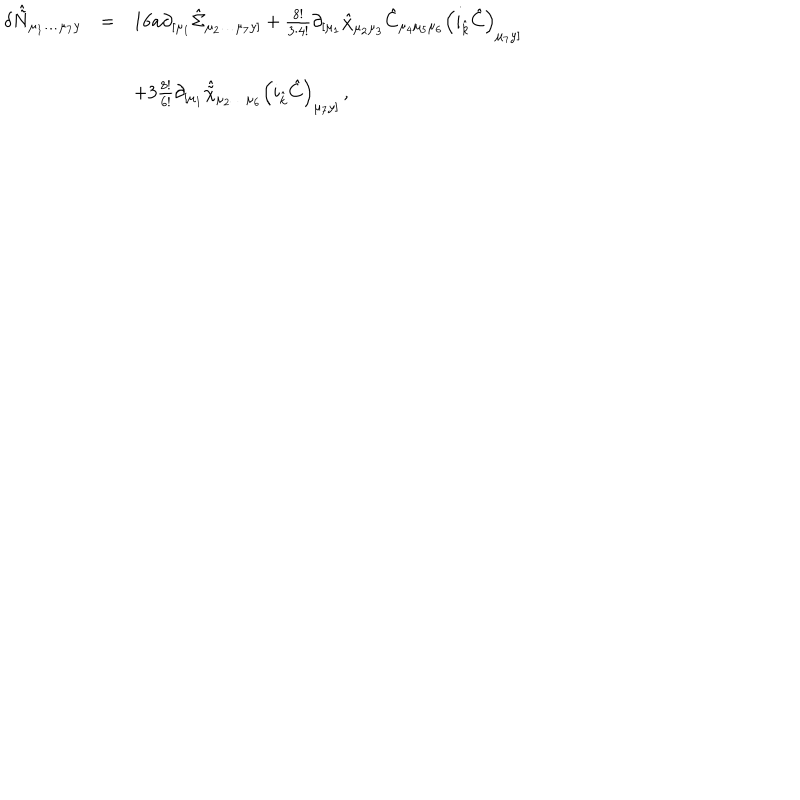
\begin{array} { r c l } { { \delta \hat { \tilde { N } } _ { \mu _ { 1 } \ldots \mu _ { 7 } y } } } & { { = } } & { { 1 6 a \partial _ { [ \mu _ { 1 } } \hat { \Sigma } _ { \mu _ { 2 } \ldots \mu _ { 7 } y ] } + \frac { 8 ! } { 3 \cdot 4 ! } \partial _ { [ \mu _ { 1 } } \hat { \chi } _ { \mu _ { 2 } \mu _ { 3 } } \hat { C } _ { \mu _ { 4 } \mu _ { 5 } \mu _ { 6 } } \left( i _ { \hat { k } } \hat { C } \right) _ { \mu _ { 7 } y ] } } } \\ { { } } & { { } } & { { } } \\ { { } } & { { } } & { { + 3 \frac { 8 ! } { 6 ! } \partial _ { [ \mu _ { 1 } } \hat { \tilde { \chi } } _ { \mu _ { 2 } \ldots \mu _ { 6 } } \left( i _ { \hat { k } } \hat { C } \right) _ { \mu _ { 7 } y ] } \, , } } \\ \end{array}